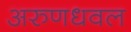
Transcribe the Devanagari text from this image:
अरुणधवल